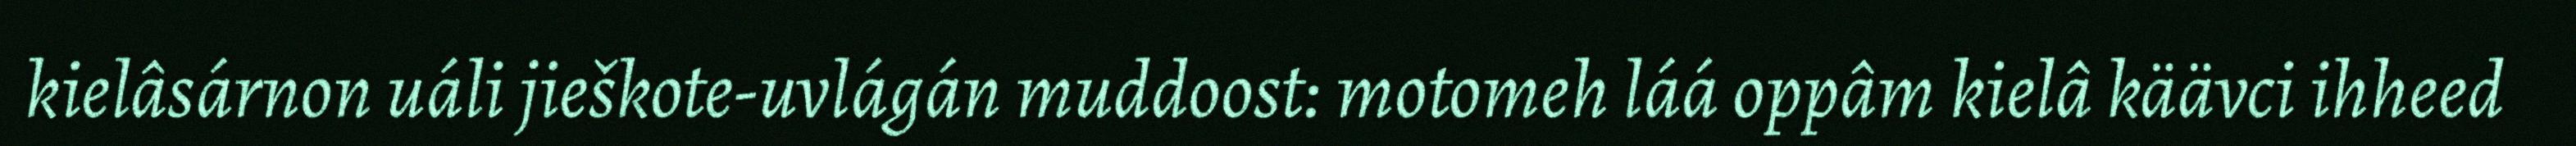
kielâsárnon uáli jieškote-uvlágán muddoost: motomeh láá oppâm kielâ käävci ihheed